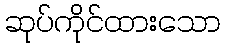
ဆုပ်ကိုင်ထားသော